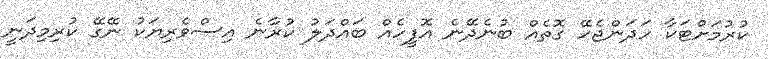
ކުރުމަށްޓަކާ ހަދަންޖެހޭ ގޮތެއް ބުނެދޭނެ އޮފީހެއް ބައްދަލު ކުރާނެ އިސްވެރިޔަކު ނޭގޭ ކުރިމިދަނީ